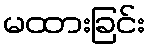
မထားခြင်း